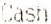
CASH